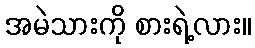
အမဲသားကို စားရဲ့လား။